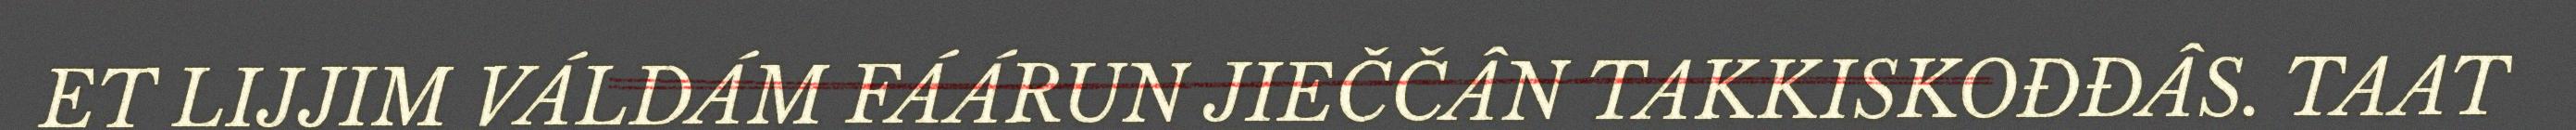
ET LIJJIM VÁLDÁM FÁÁRUN JIEČČÂN TAKKISKOĐĐÂS. TAAT